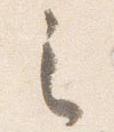
之